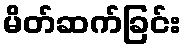
မိတ်ဆက်ခြင်း